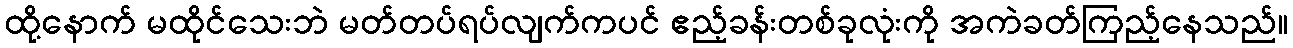
ထို့နောက် မထိုင်သေးဘဲ မတ်တပ်ရပ်လျက်ကပင် ဧည့်ခန်းတစ်ခုလုံးကို အကဲခတ်ကြည့်နေသည်။